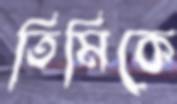
তিমিকে